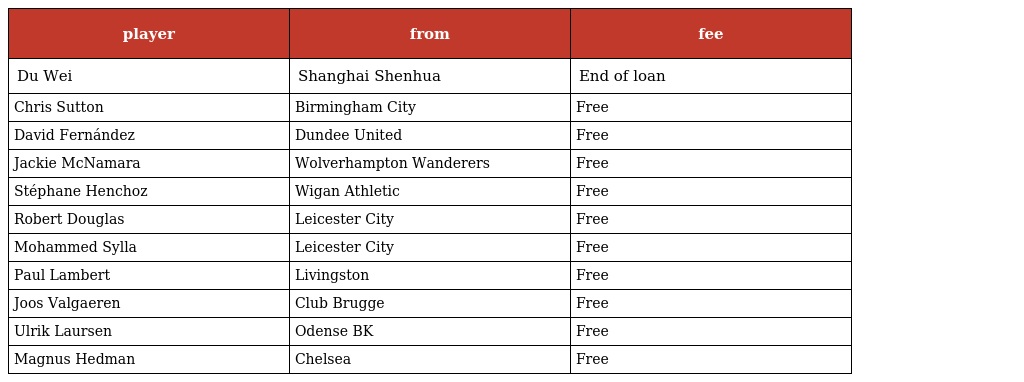
| player | from | fee |
 | --- | --- | --- |
 | Du Wei | Shanghai Shenhua | End of loan |
 | Chris Sutton | Birmingham City | Free |
 | David Fernández | Dundee United | Free |
 | Jackie McNamara | Wolverhampton Wanderers | Free |
 | Stéphane Henchoz | Wigan Athletic | Free |
 | Robert Douglas | Leicester City | Free |
 | Mohammed Sylla | Leicester City | Free |
 | Paul Lambert | Livingston | Free |
 | Joos Valgaeren | Club Brugge | Free |
 | Ulrik Laursen | Odense BK | Free |
 | Magnus Hedman | Chelsea | Free |